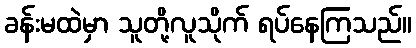
ခန်းမထဲမှာ သူတို့လူသိုက် ရပ်နေကြသည်။